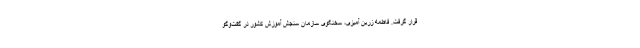
قرار گرفت. فاطمه زرین ‌آمیزی، سخنگوی سازمان سنجش آموزش کشور در گفت‌وگو